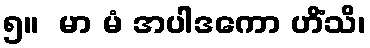
၅။  မာ မံ အပါဒကော ဟိံသိ၊